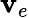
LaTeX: \mathbf{v}_{e}